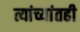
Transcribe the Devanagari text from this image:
त्यांच्यांतही